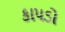
કાપડો